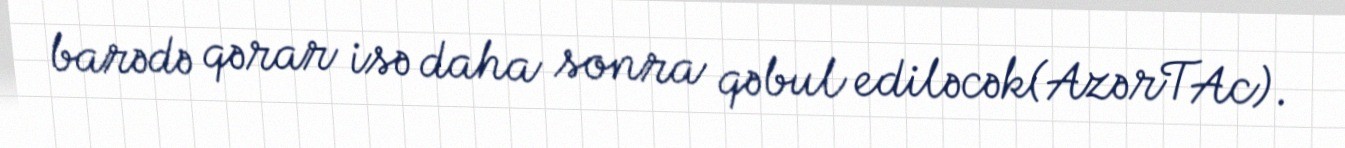
barədə qərar isə daha sonra qəbul ediləcək(AzərTAc).